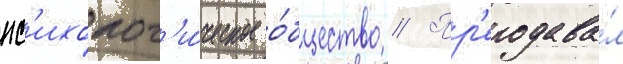
пс'ихолог'и́ческое о́бщество // Пр'еподава́л